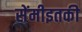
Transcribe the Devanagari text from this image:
सेंमीइतकी